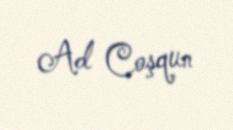
Ad Coşqun